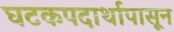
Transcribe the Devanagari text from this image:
घटकपदार्थापासून